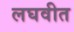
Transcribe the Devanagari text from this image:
लघवीत